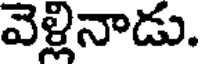
వెళ్లినాడు.